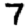
Digit: 7